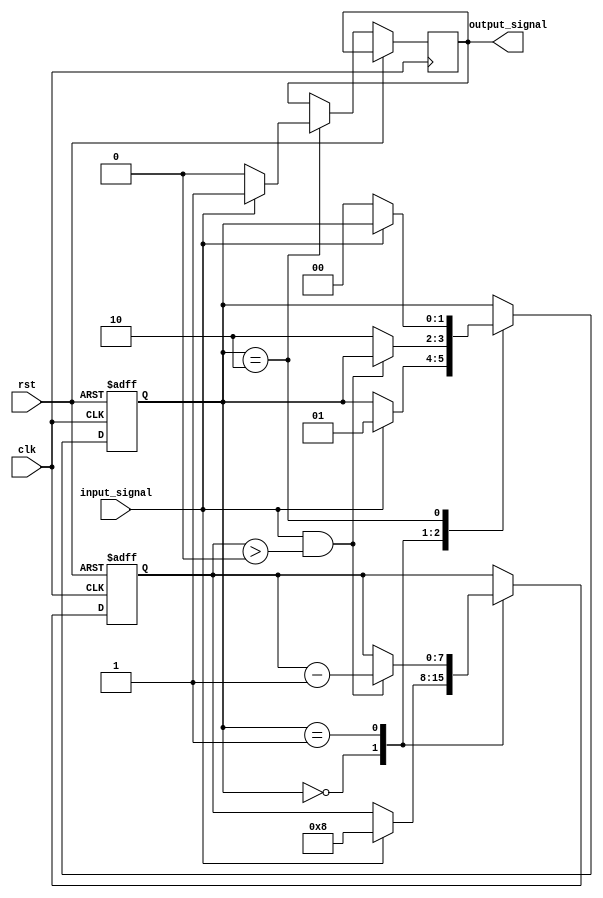
module debounce_circuit (
    input wire clk,
    input wire rst,
    input wire input_signal,
    output reg output_signal
);

reg [1:0] state;
reg [7:0] counter;

parameter DEBOUNCE_DELAY = 8; // Adjust delay value as needed

always @(posedge clk or posedge rst) begin
    if (rst) begin
        state <= 2'b00;
        counter <= 8'b0;
    end else begin
        case (state)
            2'b00: begin // Initial state
                if (input_signal) begin
                    state <= 2'b01;
                    counter <= DEBOUNCE_DELAY;
                end
            end
            2'b01: begin // Debouncing state
                if (input_signal && (counter > 0)) begin
                    counter <= counter - 1;
                end else begin
                    state <= 2'b10;
                end
            end
            2'b10: begin // Stable state
                if (!input_signal) begin
                    state <= 2'b00;
                    output_signal <= 0;
                end else begin
                    output_signal <= 1;
                end
            end
        endcase
    end
end

endmodule